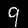
Label: 9